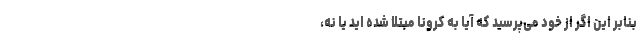
بنابر این اگر از خود می‌پرسید که آیا به کرونا مبتلا شده اید یا نه،